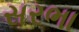
સરભા